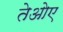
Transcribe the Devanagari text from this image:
तेओए